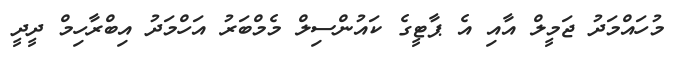
މުހައްމަދު ޖަމީލް އާއި އެ ޕާޓީގެ ކައުންސިލް މެމްބަރު އަހްމަދު އިބްރާހިމް ދީދީ